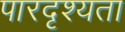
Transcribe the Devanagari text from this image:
पारदृश्यता